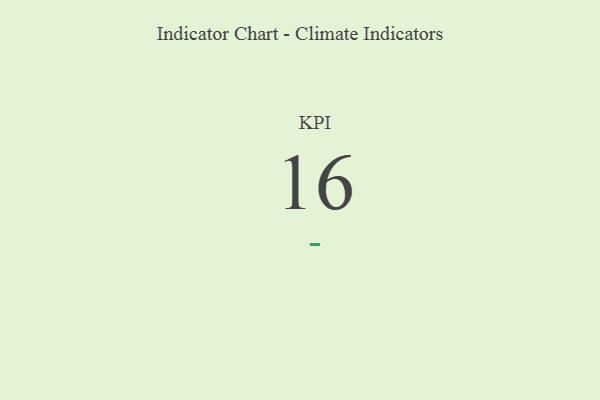
{"axis": {"x": "KPI", "y": "Value"}, "legend": [""], "data": [{"x": "KPI", "y": 16, "type": ""}]}